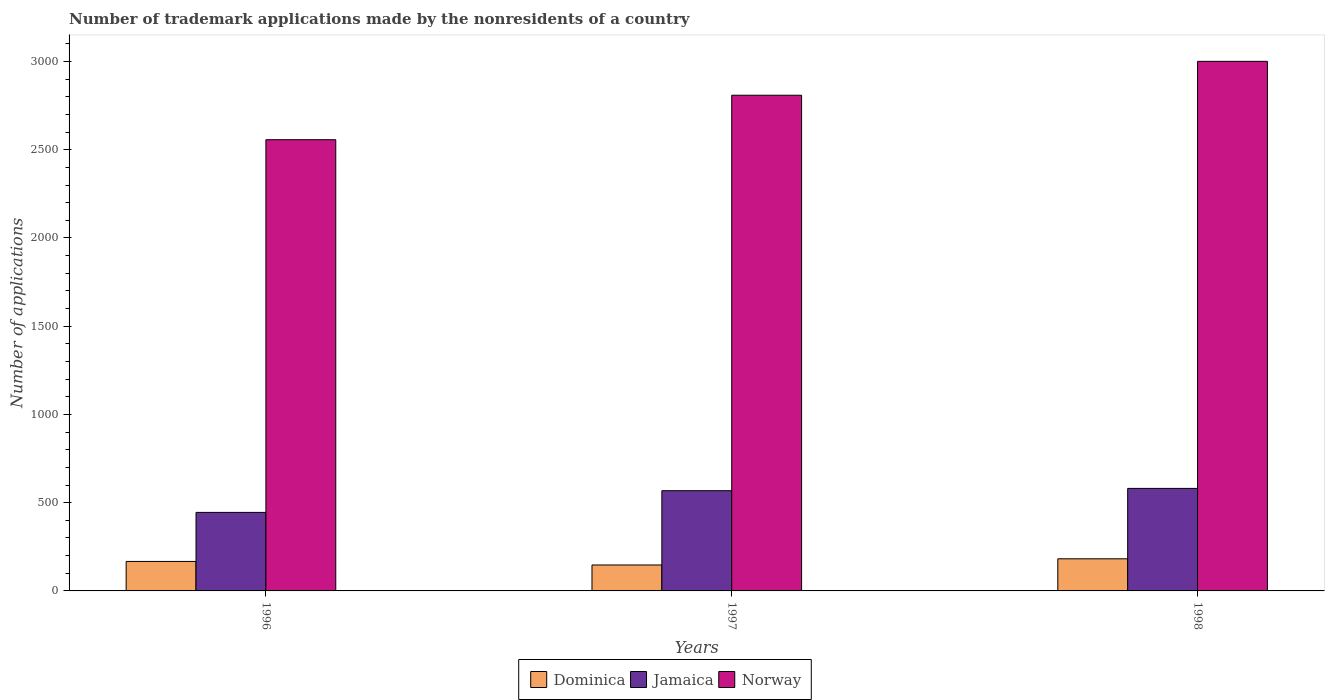
| Years | Dominica | Jamaica | Norway |
 | --- | --- | --- | --- |
 | 1996 | 167 | 445 | 2.56e+03 |
 | 1997 | 147 | 568 | 2.81e+03 |
 | 1998 | 182 | 581 | 3e+03 |